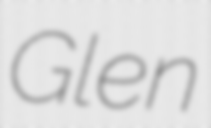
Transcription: Glen